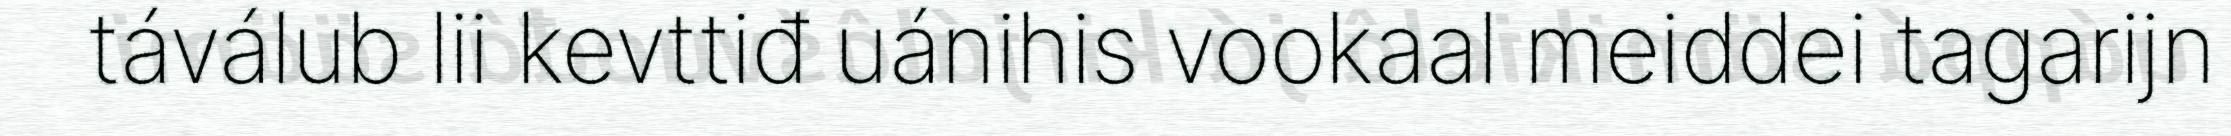
táválub lii kevttiđ uánihis vookaal meiddei tagarijn